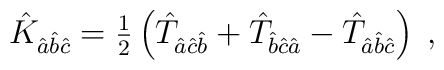
\hat{K}_{\hat{a}\hat{b}\hat{c}}= {\textstyle\frac{1}{2}}\left(\hat{T}_{\hat{a}\hat{c}\hat{b}}+\hat{T}_{\hat{b}\hat{c}\hat{a}}-\hat{T}_{\hat{a}\hat{b}\hat{c}}\right) \; ,